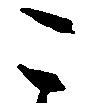
こ